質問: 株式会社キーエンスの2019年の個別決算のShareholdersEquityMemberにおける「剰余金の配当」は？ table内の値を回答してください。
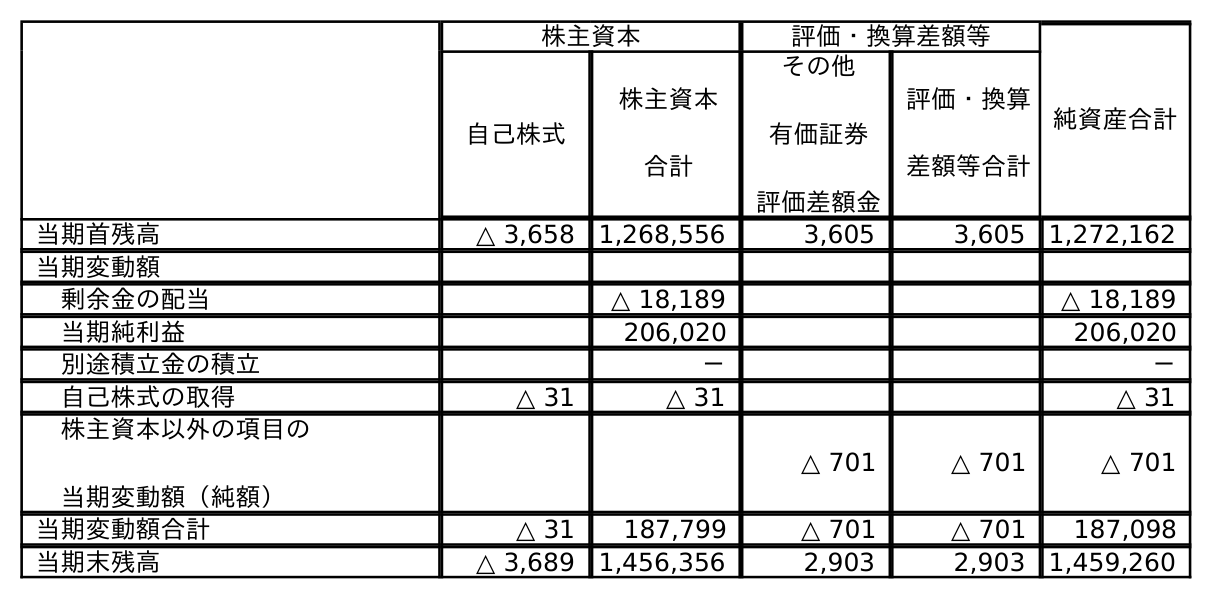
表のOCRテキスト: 株主資本 評価・換算差額等 純資産合計 自己株式 株主資本 合計 その他 有価証券 評価差額金 評価・換算 差額等合計 当期首残高 △ 3,658 1,268,556 3,605 3,605 1,272,162 当期変動額 剰余金の配当 △ 18,189 △ 18,189 当期純利益 206,020 206,020 別途積立金の積立 － － 自己株式の取得 △ 31 △ 31 △ 31 株主資本以外の項目の 当期変動額（純額） △ 701 △ 701 △ 701 当期変動額合計 △ 31 187,799 △ 701 △ 701 187,098 当期末残高 △ 3,689 1,456,356 2,903 2,903 1,459,260
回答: △18,189